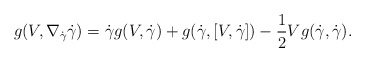
\begin{align*} g(V,\nabla_{\dot{\gamma}}\dot{\gamma})=\dot{\gamma}g(V,\dot{\gamma})+g(\dot{\gamma},[V,\dot{\gamma}])-\frac{1}{2}Vg(\dot{\gamma},\dot{\gamma}).\end{align*}